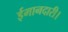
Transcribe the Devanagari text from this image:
ईमानदारी।